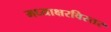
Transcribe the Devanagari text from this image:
मध्याक्षरविस्तर